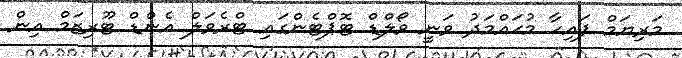
މަރިޔަމް ފައިހާ މުޙައްމަދު ވަނީ ވޯލްޑް ޓޮޕްޓެންގައި ޓްރެވަލް އެންޑް ޓޫރިޒަމް އިން